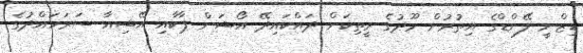
ޑިޒްނީ ލޭންޑްގެ އިތުރުން މޫދުގެ ރީތިކަން ދައްކައިދޭ އޯޝަން ޕާކާއި އޭޝިއާ ސަރަހައްދުގެ